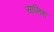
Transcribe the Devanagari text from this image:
सालिश